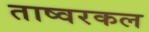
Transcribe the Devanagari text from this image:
ताष्वरकल